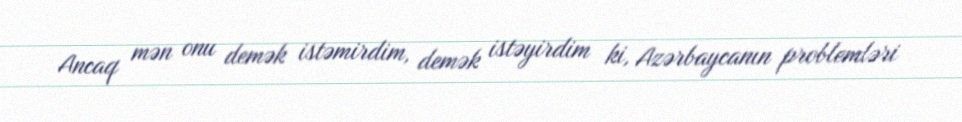
Ancaq mən onu demək istəmirdim, demək istəyirdim ki, Azərbaycanın problemləri